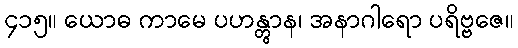
၄၁၅။ ယောဓ ကာမေ ပဟန္တွာန၊ အနာဂါရော ပရိဗ္ဗဇေ။